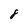
Character: 8